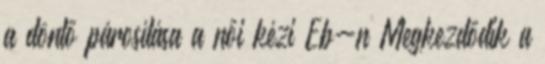
a döntő párosítása a női kézi Eb-n Megkezdődik a